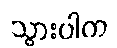
သွားပါက